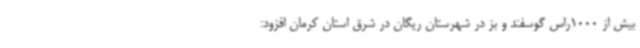
بیش از 1000راس گوسفند و بز در شهرستان ریگان در شرق استان کرمان افزود: